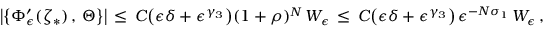
\bigl | \bigl \{ \Phi _ { \epsilon } ^ { \prime } ( \zeta _ { * } ) \, , \, \Theta \bigr \} \bigr | \, \le \, C \bigl ( \epsilon \delta + \epsilon ^ { \gamma _ { 3 } } \bigr ) ( 1 + \rho ) ^ { N } \, W _ { \epsilon } \, \le \, C \bigl ( \epsilon \delta + \epsilon ^ { \gamma _ { 3 } } \bigr ) \, \epsilon ^ { - N \sigma _ { 1 } } \, W _ { \epsilon } \, ,